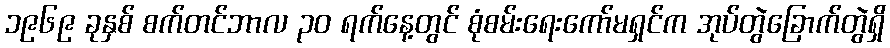
၁၉၆၉ ခုနှစ် စက်တင်ဘာလ ၃၀ ရက်နေ့တွင် စုံစမ်းရေးကော်မရှင်က အုပ်တွဲခြောက်တွဲရှိ